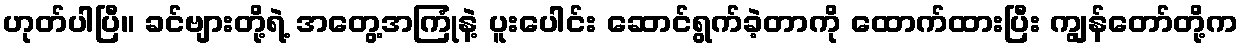
ဟုတ်ပါပြီ။ ခင်ဗျားတို့ရဲ့ အတွေ့အကြုံနဲ့ ပူးပေါင်း ဆောင်ရွက်ခဲ့တာကို ထောက်ထားပြီး ကျွန်တော်တို့က